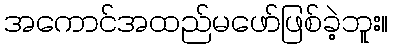
အကောင်အထည်မဖော်ဖြစ်ခဲ့ဘူး။